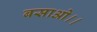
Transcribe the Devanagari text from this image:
बसाओ।।